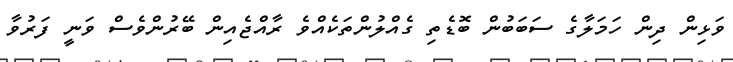
ވަޅިން ދިން ހަމަލާގެ ސަބަބުން ބޮޑެތި ގެއްލުންތަކެއްވެ ރާއްޖެއިން ބޭރުންވެސް ވަނީ ފަރުވާ